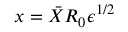
{ x } = \bar { X } R _ { 0 } { \epsilon } ^ { 1 / 2 }